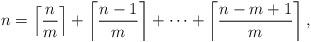
LaTeX: \begin{align*}n=\left\lceil {\frac {n}{m}}\right\rceil +\left\lceil {\frac {n-1}{m}}\right\rceil +\dots +\left\lceil {\frac {n-m+1}{m}}\right\rceil, \end{align*}